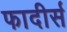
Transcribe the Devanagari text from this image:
फादीर्स